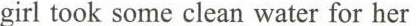
girl took some clean water for her